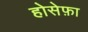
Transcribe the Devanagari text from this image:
होसेफ़ा